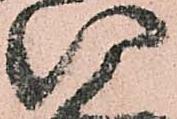
い